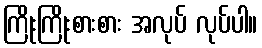
ကြိုးကြိုးစားစား အလုပ် လုပ်ပါ။